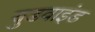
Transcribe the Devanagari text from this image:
वुडवाइंड